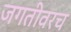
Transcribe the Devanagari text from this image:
जगतीवरच